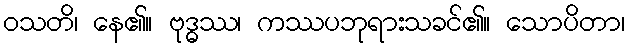
ဝသတိ၊ နေ၏။ ဗုဒ္ဓဿ၊ ကဿပဘုရားသခင်၏။ သောပိတာ၊